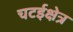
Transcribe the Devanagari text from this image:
चटईक्षेत्र